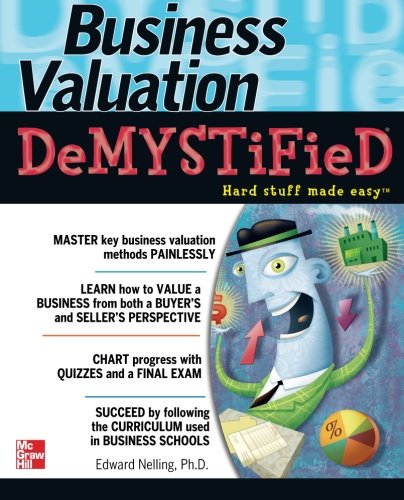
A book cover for Business Valuation Demystified; Edward Nelling; Business & Money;